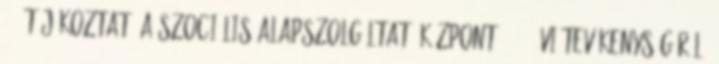
2. Tájékoztató a Szociális Alapszolgáltató Központ 2016. évi tevékenységéről,